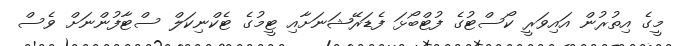
މީގެ އިތުރުން އައިވަރީ ކޯސްޓުގެ ފުޓްބޯޅަ ފެޑަރޭޝަނަށާއި ޓީމުގެ ޓެކްނިކަލް ސްޓާފުންނަށް ވެސް